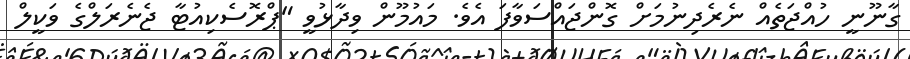
ގާނޫނީ ހުއްޖަތެއް ނެރެދިނުމަށް ގޮންޖައްސަވާފަ އެވެ. މައުމޫން ވިދާޅުވީ "ޕްރޮސެކިއުޓާ ޖެނެރަލްގެ ވަކީލް